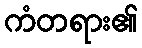
ကံတရား၏